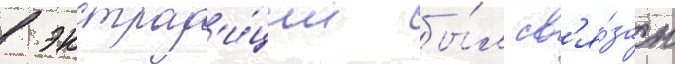
в экстрад'и́ции бы́л св'я́зан